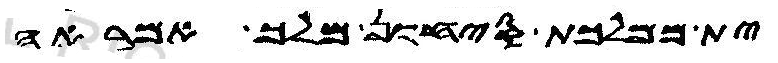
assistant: ית ממלכת סיחון מלך אמראה